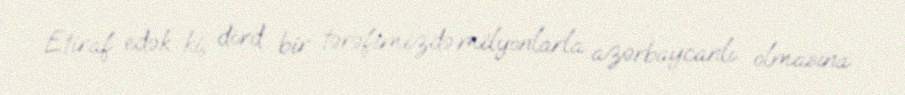
Etiraf edək ki, dörd bir tərəfimizdə milyonlarla azərbaycanlı olmasına